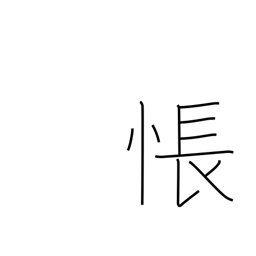
Meaning: be sad